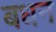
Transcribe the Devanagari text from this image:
बधन